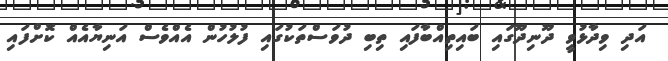
އަދި ވިދާޅުވީ ދޫނިދޫގައި ބައިތިއްބާފައި ތިބި ދުވަސްތަކުގައި ފުލުހުން އެއްވެސް އަނިޔާއެއް ކޮށްފައި